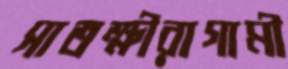
সাতক্ষীরাগামী